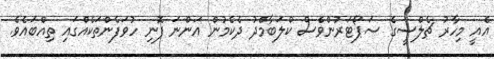
އެއީ މިހާރު ޗެލްސީގެ ސަޕޯޓަރުންވެސް ކްލަބާމެދު ދެކެމުން އަންނަ ފޮނި ހުވަފެންތަކެއްގައި ތިއްބައެވެ.